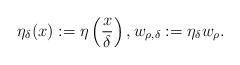
LaTeX: \begin{align*}\eta_\delta(x):=\eta\left(\frac{x}{\delta}\right),w_{ \rho, \delta}:=\eta_\delta w_\rho.\end{align*}